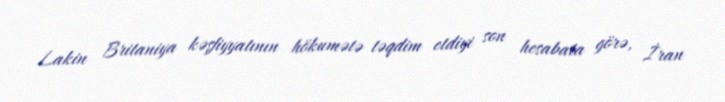
Lakin Britaniya kəşfiyyatının hökumətə təqdim etdiyi son hesabata görə, İran